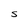
Character: S